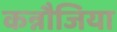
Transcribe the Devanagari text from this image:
कन्नौजिया